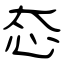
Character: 态